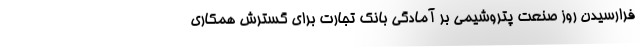
فرارسیدن روز صنعت پتروشیمی بر آمادگی بانک تجارت برای گسترش همکاری